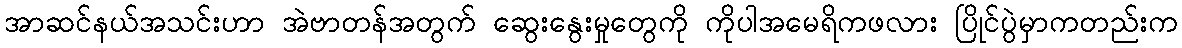
အာဆင်နယ်အသင်းဟာ အဲဗာတန်အတွက် ဆွေးနွေးမှုတွေကို ကိုပါအမေရိကဖလား ပြိုင်ပွဲမှာကတည်းက